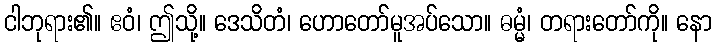
ငါဘုရား၏။ ဧဝံ၊ ဤသို့။ ဒေသိတံ၊ ဟောတော်မူအပ်သော။ ဓမ္မံ၊ တရားတော်ကို။ နော